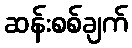
ဆန်းစစ်ချက်